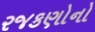
રજકણોનો